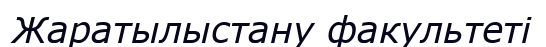
Жаратылыстану факультеті